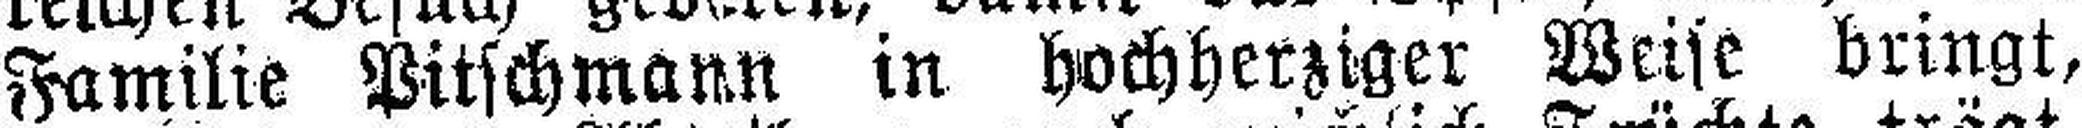
Familie Pitschmann in hochherziger Weise bringt,